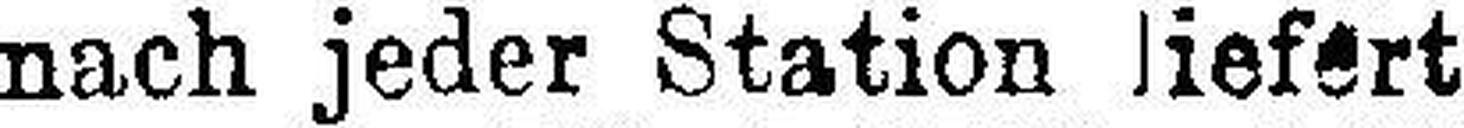
nach jeder Station liefert